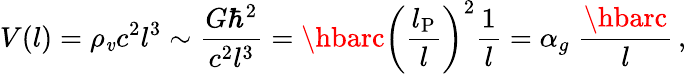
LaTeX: V(l)=\rho_{\mathit{v}}c^{2}l^{3}\sim\frac{{G\hbar^{2}}}{{c^{2}l^{3}}}=\hbarc\left(\frac{{l_{\mathrm{{P}}}}}{{l}}\right)^{2}\frac{{1}}{{l}}=\alpha_{g}\; \frac{{\hbarc}}{{l}}\, ,